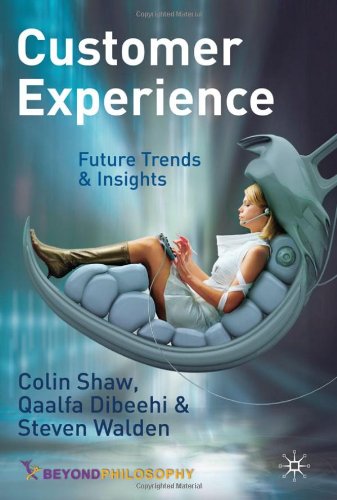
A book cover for Customer Experience: Future Trends and Insights; Colin Shaw; Business & Money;